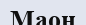
Маон